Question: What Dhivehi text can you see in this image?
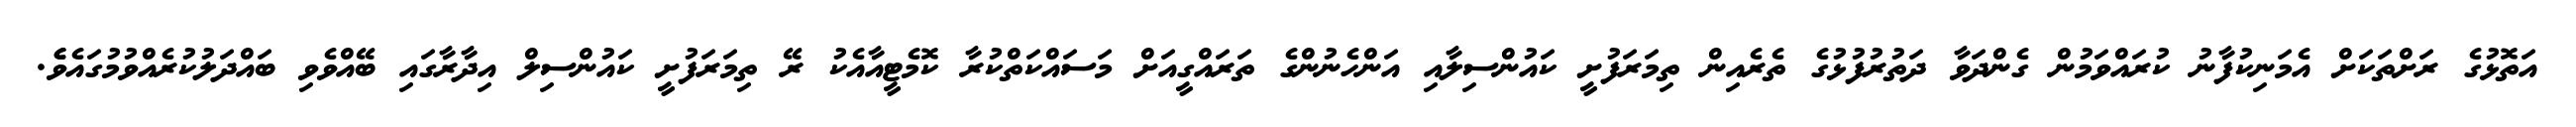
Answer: އަތޮޅުގެ ރަށްތަކަށް އެމަނިކުފާނު ކުރައްވަމުން ގެންދަވާ ދަތުރުފުޅުގެ ތެރެއިން ތިމަރަފުށީ ކައުންސިލާއި އަންހެނުންގެ ތަރައްގީއަށް މަސައްކަތްކުރާ ކޮމެޓީއާއެކު ރޭ ތިމަރަފުށީ ކައުންސިލް އިދާރާގައި ބޭއްވެވި ބައްދަލުކުރެއްވުމުގައެވެެ.